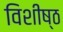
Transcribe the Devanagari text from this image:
विशीष्ठ